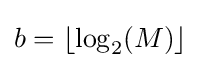
b=\lfloor \log _{2}(M)\rfloor